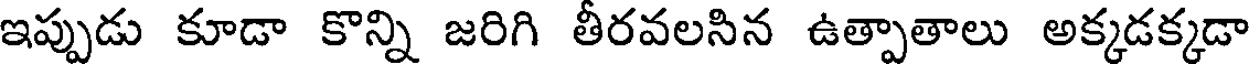
ఇప్పుడు కూడా కొన్ని జరిగి తీరవలసిన ఉత్పాతాలు అక్కడక్కడా